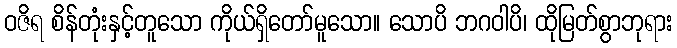
ဝဇိရ စိန်တုံးနှင့်တူသော ကိုယ်ရှိတော်မူသော။ သောပိ ဘဂဝါပိ၊ ထိုမြတ်စွာဘုရား